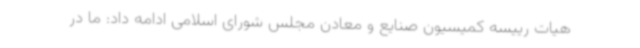
هیات رییسه کمیسیون صنایع و معادن مجلس شورای اسلامی ادامه داد: ما در